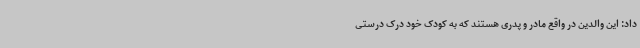
داد: این والدین در واقع مادر و پدری هستند که به کودک خود درک درستی